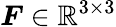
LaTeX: \boldsymbol{F}\in\mathbb{R}^{3\times 3}